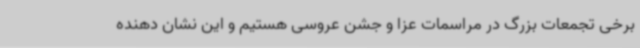
برخی تجمعات بزرگ در مراسمات عزا و جشن عروسی هستیم و این نشان دهنده